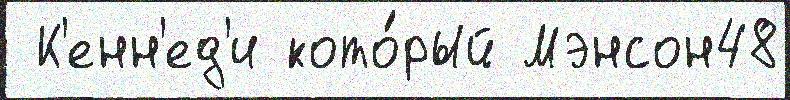
 К'енн'ед'и кото́рый Мэнсон48